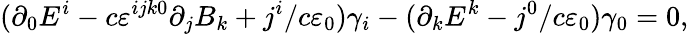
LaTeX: (\partial_{0}E^{i}-c\varepsilon^{ijk0}\partial_{j}B_{k}+j^{i}/c\varepsilon_{0})\gamma_{i}-(\partial_{k}E^{k}-j^{0}/c\varepsilon_{0})\gamma_{0}=0,